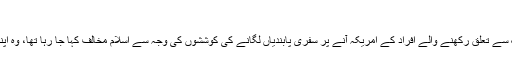
'
صدر ٹرمپ کو حال ہی میں چھ مسلم ممالک سے تعلق رکھنے والے افراد کے امریکہ آنے پر سفری پابندیاں لگانے کی کوششوں کی وجہ سے اسلام مخالف کہا جا رہا تھا، وہ اپنا اولین دورہ کسی مسلم ملک کا کر رہے ہیں۔